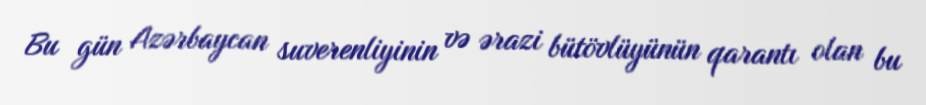
Bu gün Azərbaycan suverenliyinin və ərazi bütövlüyünün qarantı olan bu